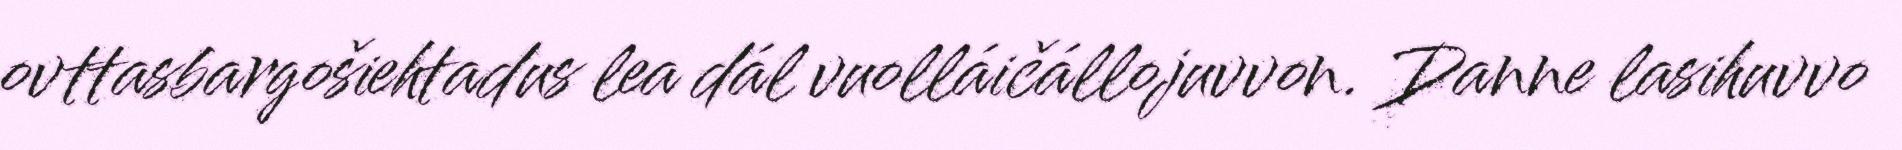
ovttasbargošiehtadus lea dál vuolláičállojuvvon. Danne lasihuvvo